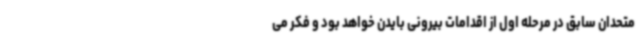
متحدان سابق در مرحله اول از اقدامات بیرونی بایدن خواهد بود و فکر می